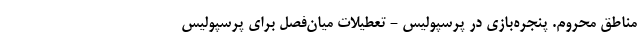
مناطق محروم. پنجره‌بازی در پرسپولیس - تعطیلات میان‌فصل برای پرسپولیس